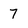
Character: 7